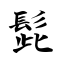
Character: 髭